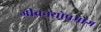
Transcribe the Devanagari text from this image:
जीवनयोपभोग